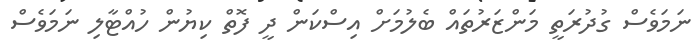
ނަމަވެސް ގުދުރަތީ މަންޒަރުތައް ބެލުމަށް އިސްކަން ދީ ފޮތް ކިޔުން ހުއްޓާލި ނަމަވެސް